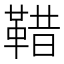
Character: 𩊿